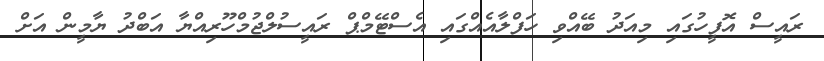
ރައީސް އޮފީހުގައި މިއަދު ބޭއްވި ހަފްލާއެއްގައި އެސްޓޭމްޕް ރައީސުލްޖުމްހޫރިއްޔާ އަބްދު ޔާމީން އަށް